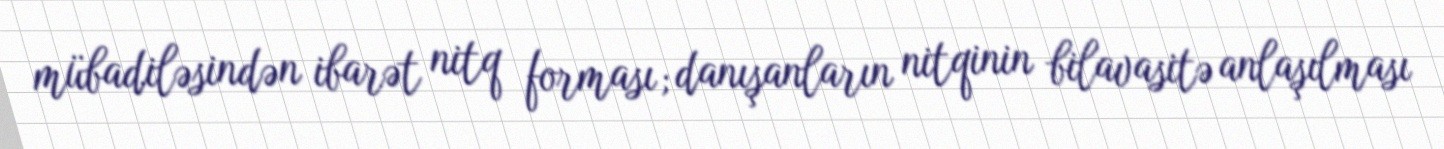
mübadiləsindən ibarət nitq forması; danışanların nitqinin bilavasitə anlaşılması